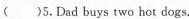
()5.Dadbuys two hot dogs.